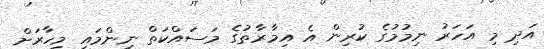
އަދި މި އަހަރު ނިމުމުގެ ކުރިން އެ އިމާރާތުގެ މަސައްކަތް ނިންމައި މިހާރަށް